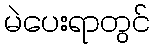
မဲပေးရာတွင်